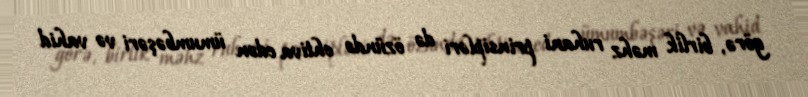
görə, birlik məhz ruhani prinsipləri də özündə ehtiva edən ümumbəşəri və vahid